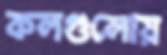
কলগুলোয়